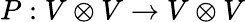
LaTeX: P:V\otimes V\to V\otimes V